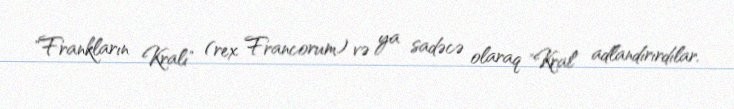
"Frankların Kralı" (rex Francorum) və ya sadəcə olaraq "Kral" adlandırırdılar.